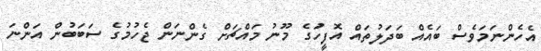
އެހެންނަމަވެސް ބައެއް ބަދަލުތައް އޮފީހަުގެ މޫނު މައްޗަށް ގެންނަން ޖެހުމުގެ ސަބަބުން އަންނަ